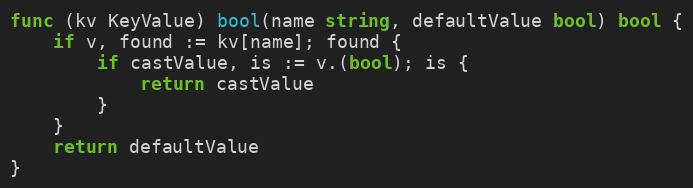
Language: Go
func (kv KeyValue) bool(name string, defaultValue bool) bool {
	if v, found := kv[name]; found {
		if castValue, is := v.(bool); is {
			return castValue
		}
	}
	return defaultValue
}